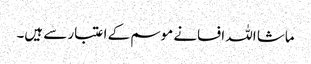
ماشا اللہ افسانے موسم کے اعتبار سے ہیں۔